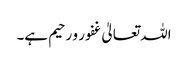
اللہ تعالیٰ غفور و رحیم ہے۔